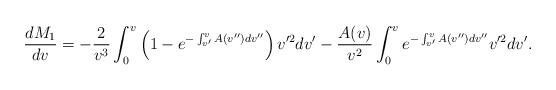
LaTeX: \begin{align*} \frac{dM_1}{dv}=-\frac{2}{v^3}\int_0^v\left(1-e^{-\int_{v'}^vA(v'')dv''}\right)v'^2dv'-\frac{A(v)}{v^2}\int_0^ve^{-\int_{v'}^vA(v'')dv''}v'^2dv'.\end{align*}